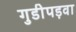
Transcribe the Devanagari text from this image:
गुडीपड़वा